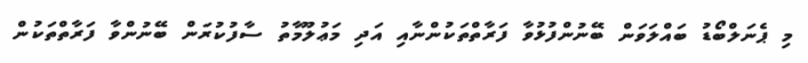
މި ޕެނަލްބޯޑު ބައްލަވަން ބޭނުންފުޅުވާ ފަރާތްތަކުންނާއި އަދި މަޢުލޫމާތު ސާފުކުރަން ބޭނުންވާ ފަރާތްތަކުން